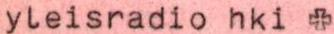
yleisradio hki +